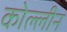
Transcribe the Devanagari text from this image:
कोल्लीन